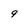
Character: 9